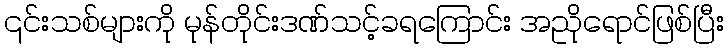
၎င်းသစ်များကို မုန်တိုင်းဒဏ်သင့်ခရကြောင်း အညိုရောင်ဖြစ်ပြီး